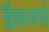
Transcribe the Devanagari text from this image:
ब्लैंकवर्स